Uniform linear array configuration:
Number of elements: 4
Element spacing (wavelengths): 0.5
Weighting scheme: exponential
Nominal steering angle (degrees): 45
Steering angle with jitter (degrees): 45.592
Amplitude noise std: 0.05
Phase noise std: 0.05

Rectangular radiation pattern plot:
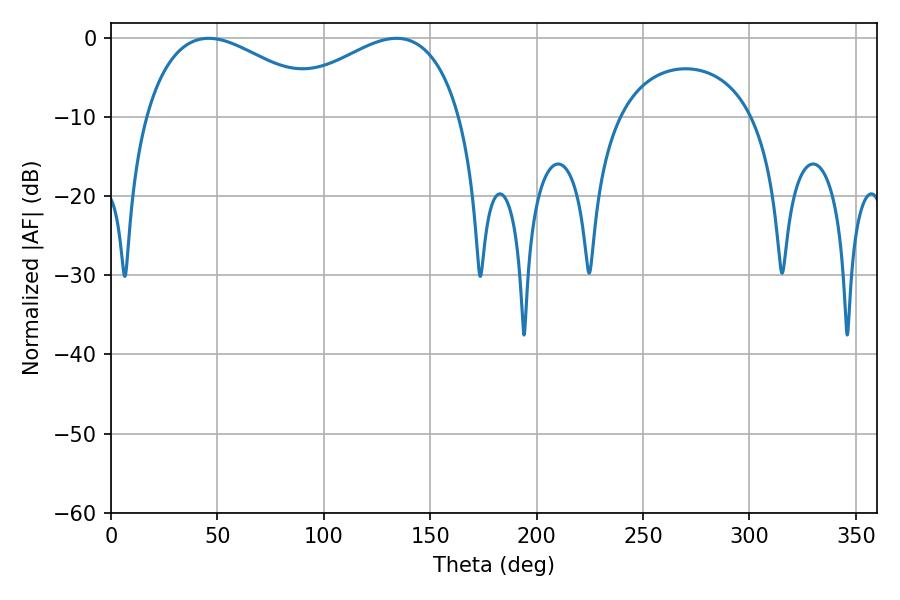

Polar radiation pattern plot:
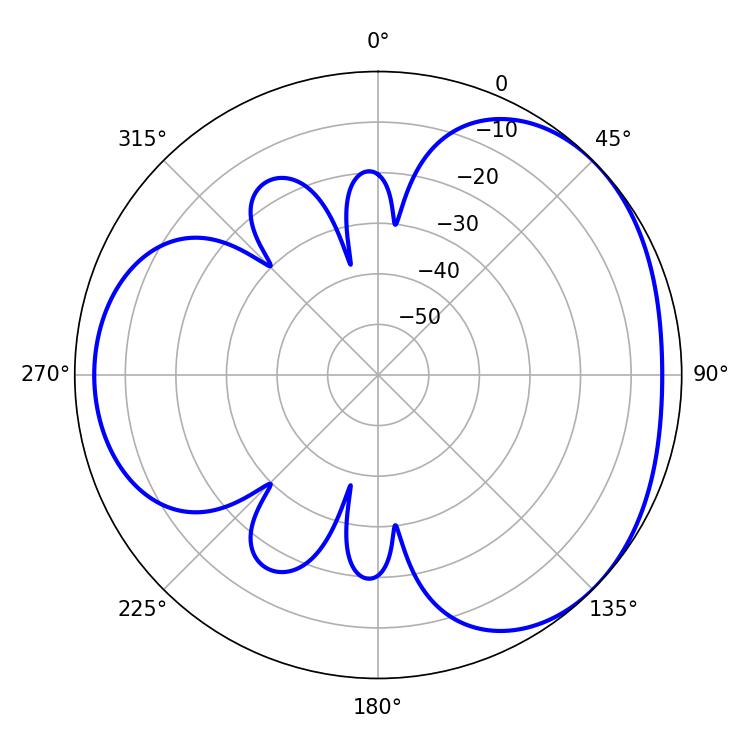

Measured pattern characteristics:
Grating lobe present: FALSE
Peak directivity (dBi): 3.285
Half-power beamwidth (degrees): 48.06
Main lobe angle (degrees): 45.9